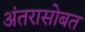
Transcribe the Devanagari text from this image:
अंतरासोबत